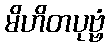
မိဟိတပုဗ္ဗံ